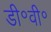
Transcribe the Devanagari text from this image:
डी॰वी॰